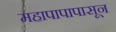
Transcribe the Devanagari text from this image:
महापापापासून